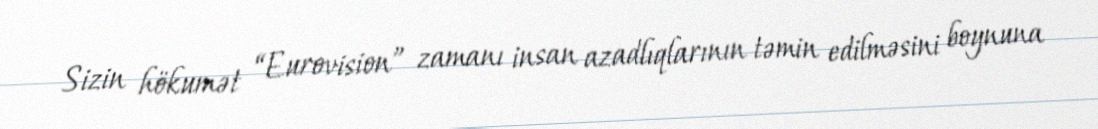
Sizin hökumət “Eurovision” zamanı insan azadlıqlarının təmin edilməsini boynuna